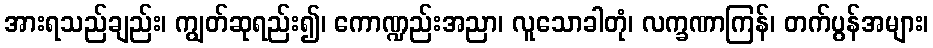
အားရသည်ချည်း၊ ကျွတ်ဆုရည်း၍၊ ကောဏ္ဍည်းအညာ၊ လူသောခါတုံ၊ လက္ခဏာကြန်၊ တက်ပွန်အများ၊